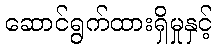
ဆောင်ရွက်ထားရှိမှုနှင့်